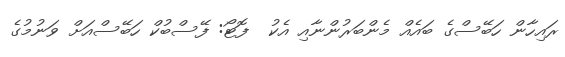
ރައިހާން ހަބޭސްގެ ބައެއް މެންބަރުންނާއި އެކު  ފޮޓޯ: ފޭސްބުކް ހަބޭސްއަށް ވަނުމުގެ